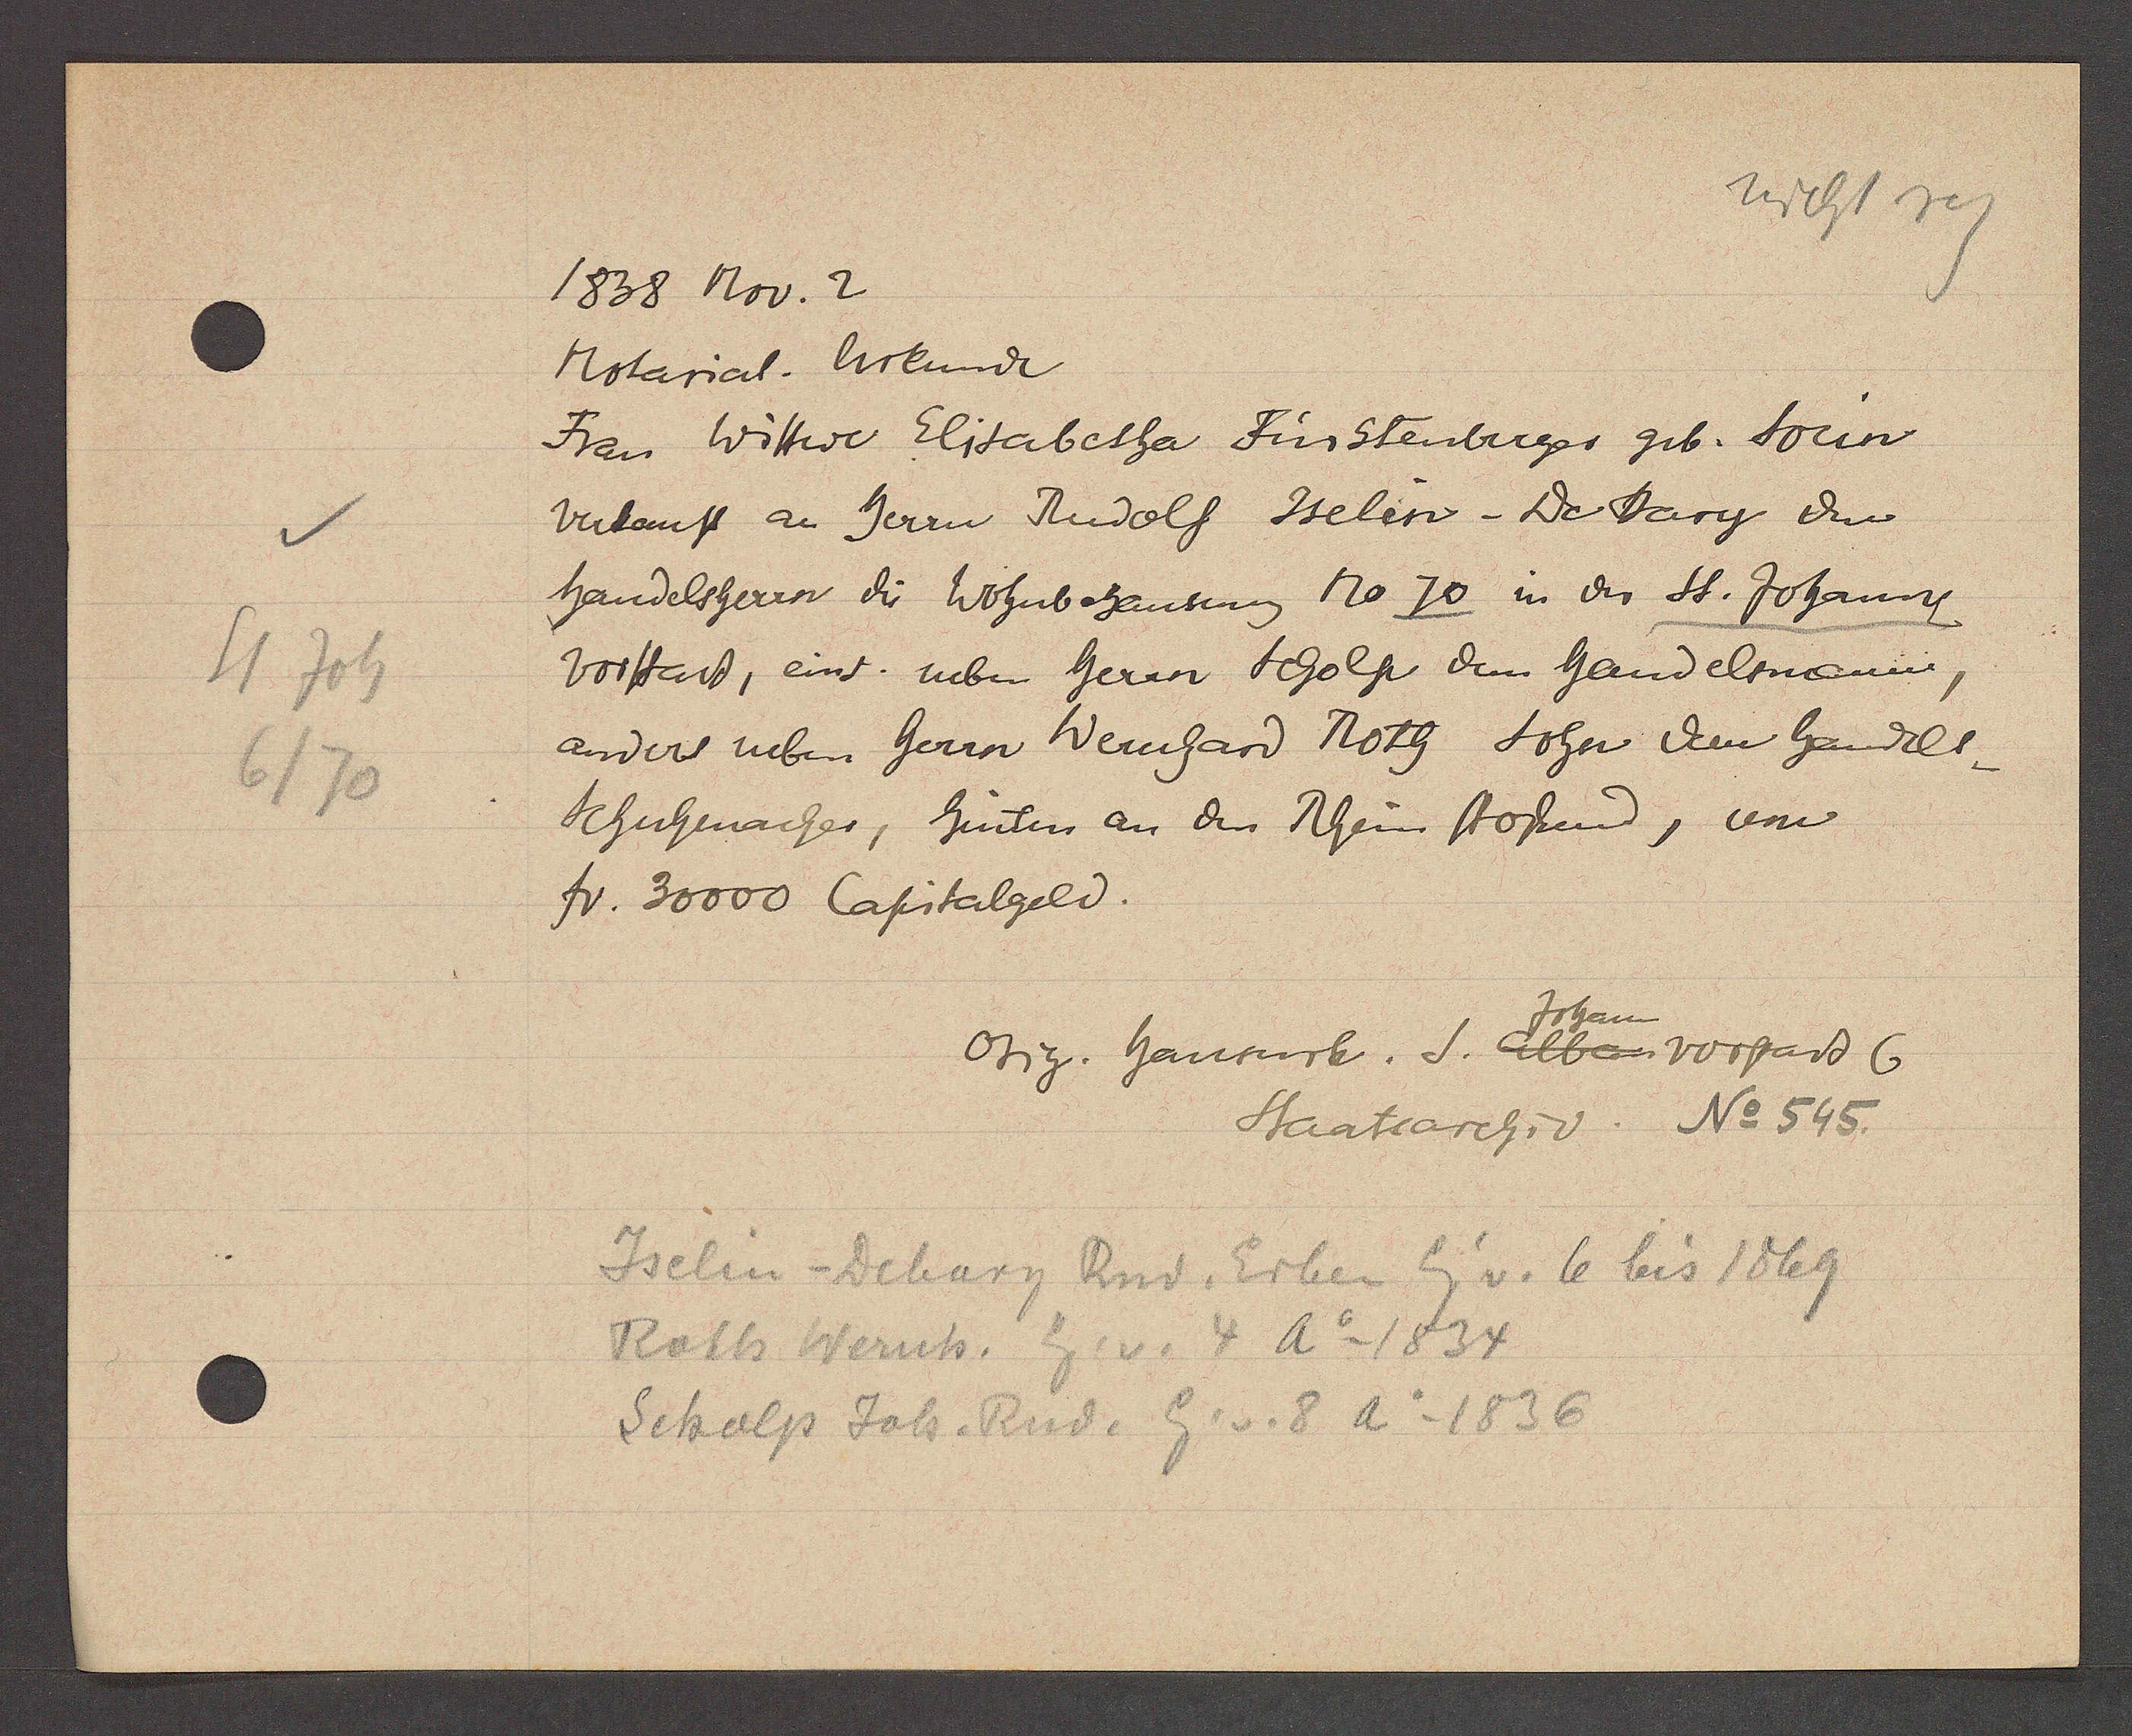
Transcript:
St Joh
6/70

1838 Nov. 2

Notarial. Urkunde
Frau Wittwe Elisabetha Fürstenberger gib. Socin
Verkauft an herrn Rudolf Iselin - De Bary den
handelsherrn di Wohnbehausung No 70 in der St. Johanny
Vorstad, eins. neben herrn Scholp dem handelsmann,
anders neben Herrn Wernhard Roth Sohn dem handels-
Schuhmacher, hinten an den Rhein stossend, und
fr. 30000 Capitalgeld.

Orig. hausurk. S. Albanvorstadt 6
Staatsarchiv. No 545.

Iselin -Debary Rud. Erben Eig v. 6 bis 1869
Roth Wernh. Eg. v. 4 Ao 1834
Scholp Joh. Rud. Eg. v. 8 Ao 1836